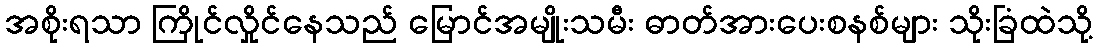
အစိုးရသာ ကြိုင်လှိုင်နေသည် မြောင်အမျိုးသမီး ဓာတ်အားပေးစနစ်များ သိုးခြံထဲသို့